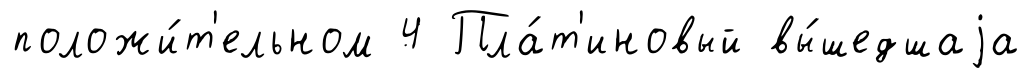
положи́т'ельном 4 Пла́т'иновый вы́шедшаjа